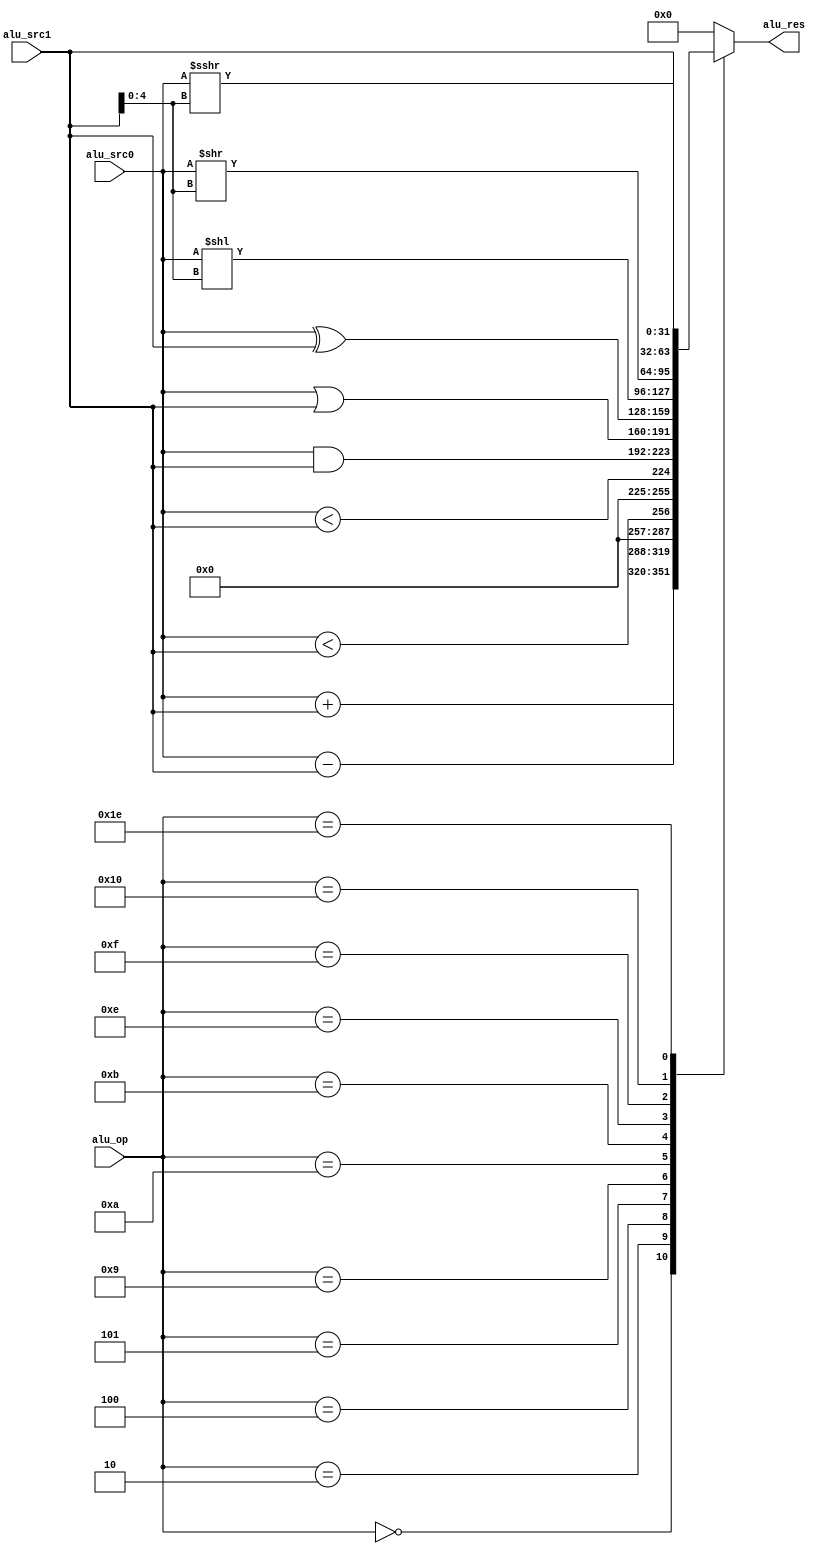
`timescale 1ns / 1ps
//////////////////////////////////////////////////////////////////////////////////
// Company: 
// Engineer: 
// 
// Design Name: 
// Module Name: ALU
// Project Name: 
// Target Devices: 
// Tool Versions: 
// Description: 
// 
// Dependencies: 
// 
// Revision:
// Revision 0.01 - File Created
// Additional Comments:
// 
//////////////////////////////////////////////////////////////////////////////////
`define ADD                 5'B00000    
`define SUB                 5'B00010   
`define SLT                 5'B00100
`define SLTU                5'B00101
`define AND                 5'B01001
`define OR                  5'B01010
`define XOR                 5'B01011
`define SLL                 5'B01110   
`define SRL                 5'B01111    
`define SRA                 5'B10000  
`define SRC0                5'B10001
`define SRC1                5'B10010
`define PASS                5'B11110

module ALU(
    input                   [31 : 0]            alu_src0,
    input                   [31 : 0]            alu_src1,
    input                   [ 4 : 0]            alu_op,

    output      reg         [31 : 0]            alu_res
    );

    always @(*) begin
        case(alu_op)
            `ADD  :
                alu_res = alu_src0 + alu_src1;
            `SUB  :
                alu_res = alu_src0 - alu_src1;
            `SLT  :
                alu_res = ($signed(alu_src0) < $signed(alu_src1));
            `SLTU  :
                alu_res = (alu_src0 < alu_src1);
            `AND  :
                alu_res = alu_src0 & alu_src1;
            `OR  :
                alu_res = alu_src0 | alu_src1;
            `XOR  :
                alu_res = alu_src0 ^ alu_src1;
            `SLL  :
                alu_res = alu_src0 << alu_src1[4:0];
            `SRL  :
                alu_res = alu_src0 >> alu_src1[4:0];
            `SRA  :
                alu_res = $signed(alu_src0) >>> alu_src1[4:0];
            `PASS :
                alu_res = alu_src1;
            default :
                alu_res = 32'H0;
        endcase
    end


endmodule